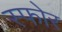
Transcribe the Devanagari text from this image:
स्फोर